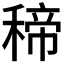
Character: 𥠒